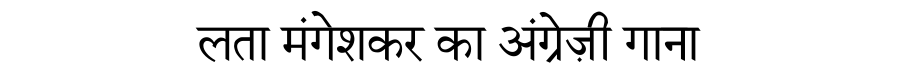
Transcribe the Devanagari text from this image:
लता मंगेशकर का अंग्रेज़ी गाना